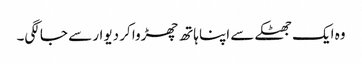
وہ ایک جھٹکے سے اپنا ہاتھ چھڑوا کر دیوار سے جا لگی۔